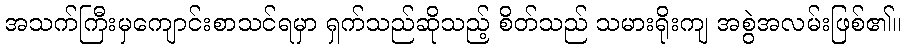
အသက်ကြီးမှကျောင်းစာသင်ရမှာ ရှက်သည်ဆိုသည့် စိတ်သည် သမားရိုးကျ အစွဲအလမ်းဖြစ်၏။